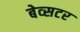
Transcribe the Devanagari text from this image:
बेव्सटर